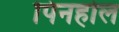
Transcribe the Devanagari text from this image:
पिनहोल